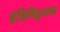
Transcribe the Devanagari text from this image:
इंडिविडुअल